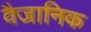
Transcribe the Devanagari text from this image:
वैजानिक